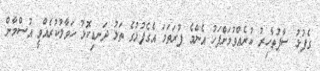
ގެފުޅު ސާފުތާހިރު ކުރެއްވުމަށްފަހު އެންމެ ފުރަތަމަ އެގެފުޅުގެ ތަޅު ދަނޑިކޮޅު ހަވާލުކުރެއްވީ އުސްމާން